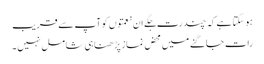
ہو سکتا ہے کہ چند رت جگے ان نعمتوں کو آپ سے قریب
رات جاگنے میں محض نماز پڑ ھنا ہی شامل نہیں ۔